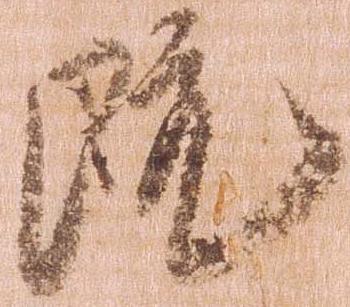
既